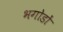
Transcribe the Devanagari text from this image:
भगोडों